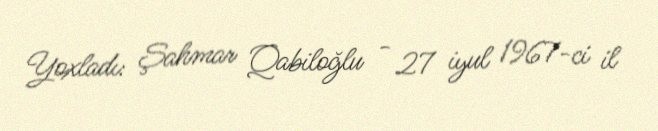
Yoxladı: Şahmar Qabiloğlu - 27 iyul 1967-ci il